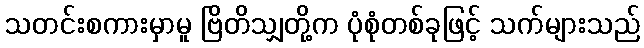
သတင်းစကားမှာမူ ဗြိတိသျှတို့က ပုံစုံတစ်ခုဖြင့် သက်များသည်